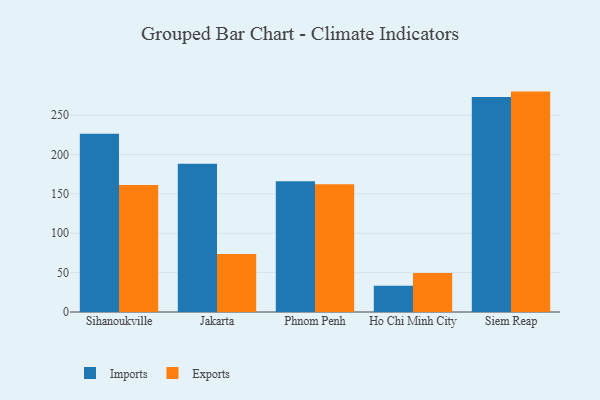
{"axis": {"x": "City", "y": "Satisfaction Score"}, "legend": ["Exports", "Imports"], "data": [{"x": "Sihanoukville", "y": 226.4, "type": "Imports"}, {"x": "Sihanoukville", "y": 161.5, "type": "Exports"}, {"x": "Jakarta", "y": 188.4, "type": "Imports"}, {"x": "Jakarta", "y": 73.8, "type": "Exports"}, {"x": "Phnom Penh", "y": 166.1, "type": "Imports"}, {"x": "Phnom Penh", "y": 162.3, "type": "Exports"}, {"x": "Ho Chi Minh City", "y": 33.2, "type": "Imports"}, {"x": "Ho Chi Minh City", "y": 49.4, "type": "Exports"}, {"x": "Siem Reap", "y": 273.1, "type": "Imports"}, {"x": "Siem Reap", "y": 280.0, "type": "Exports"}]}